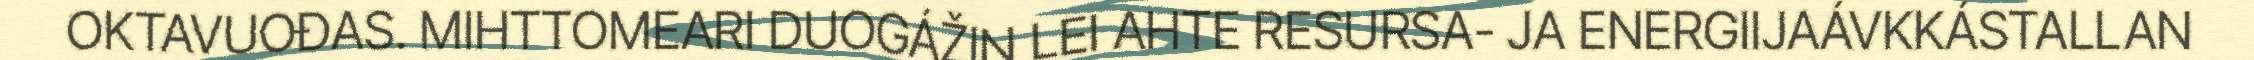
OKTAVUOĐAS. MIHTTOMEARI DUOGÁŽIN LEI AHTE RESURSA- JA ENERGIIJAÁVKKÁSTALLAN